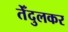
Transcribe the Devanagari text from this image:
तेँदुलकर